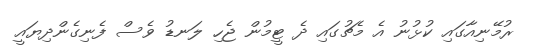
ރުމޭނިއާގައި ކުޅުނު އެ މެޗުގައި ދެ ޓީމުން ޖެހި ލަނޑު ވެސް ފެނިގެންދިޔައީ